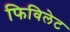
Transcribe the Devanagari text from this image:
फिविलेट